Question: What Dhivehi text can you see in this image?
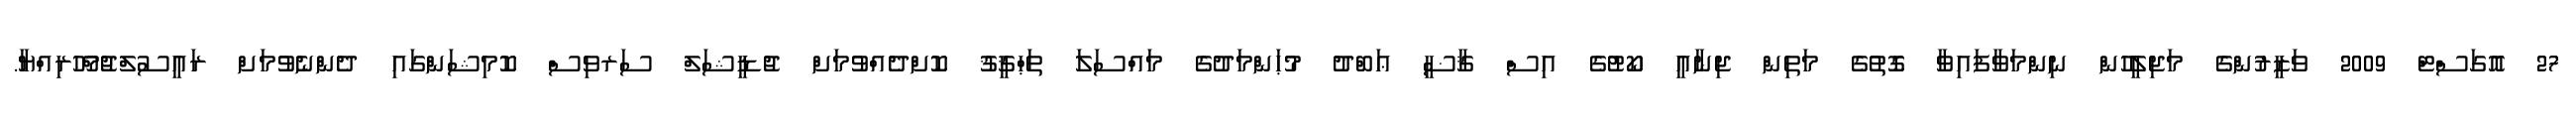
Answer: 27 އޮގަސްޓް 2009 ވަޒީރުންގެ މަޖިލީހުން ނިންމަވާފައިވާ ގޮތުގެ މަތިން ޖިނާއީ ކޯޓުގެ އިސް ޤާޟީ ޢަބްދު މުޙަންމަދުގެ މައްސަލަ ތަޙްޤީޤު ކޮށްދެއްވުމަށް ޖުޑީޝަލް ސަރވިސް ކޮމިޝަންގައި ދެންނެވުމަށް ރައީސުލްޖުމްހޫރިއްޔާ.